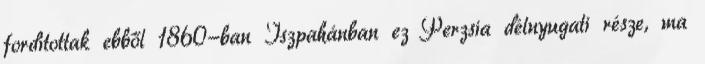
fordítottak ebből 1860-ban Iszpahánban ez Perzsia délnyugati része, ma